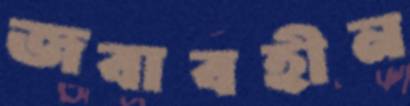
জবাবহীন